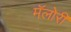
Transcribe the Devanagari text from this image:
मॅलोरी